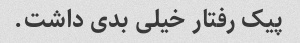
پیک رفتار خیلی بدی داشت.